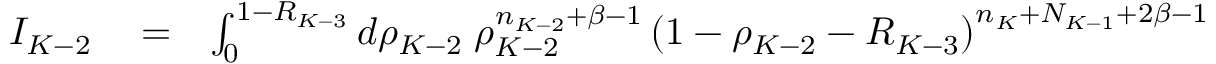
\begin{array} { r l r } { I _ { K - 2 } } & { { } = } & { \int _ { 0 } ^ { 1 - R _ { K - 3 } } d \rho _ { K - 2 } \; \rho _ { K - 2 } ^ { n _ { K - 2 } + \beta - 1 } \left( 1 - \rho _ { K - 2 } - R _ { K - 3 } \right) ^ { n _ { K } + N _ { K - 1 } + 2 \beta - 1 } } \end{array}